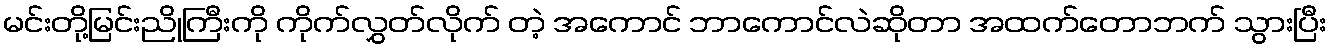
မင်းတို့မြင်းညိုကြီးကို ကိုက်လွှတ်လိုက် တဲ့ အကောင် ဘာကောင်လဲဆိုတာ အထက်တောဘက် သွားပြီး